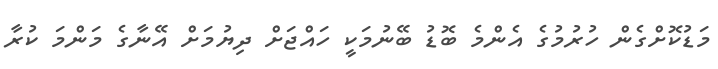
މަޑުކޮށްގެން ހުރުމުގެ އެންމެ ބޮޑު ބޭނުމަކީ ހައްޖަށް ދިޔުމަށް އޭނާގެ މަންމަ ކުރާ